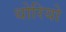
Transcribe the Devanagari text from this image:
थोरियो